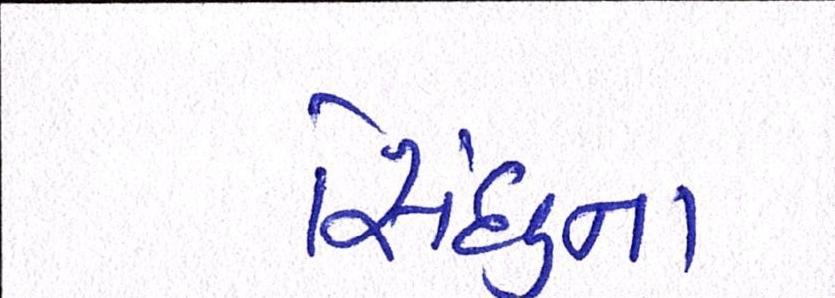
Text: સિંધુના